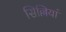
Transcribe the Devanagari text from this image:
सिल्लियां